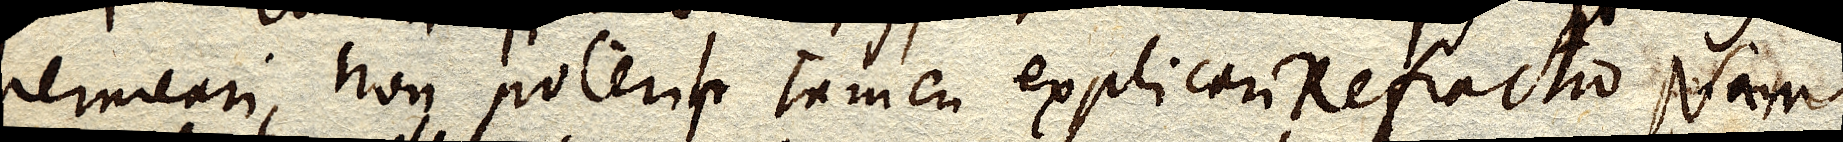
permeari, non poterit tamen explicari refractio. Nam